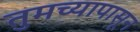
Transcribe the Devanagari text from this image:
तुमच्यापासून